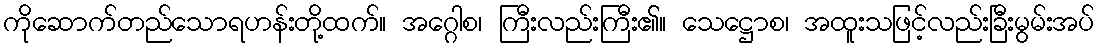
ကိုဆောက်တည်သောရဟန်းတို့ထက်။ အဂ္ဂေါစ၊ ကြီးလည်းကြီး၏။ သေဋ္ဌောစ၊ အထူးသဖြင့်လည်းခြီးမွမ်းအပ်